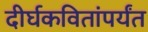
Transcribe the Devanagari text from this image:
दीर्घकवितांपर्यंत